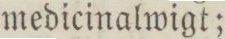
medicinalwigt;